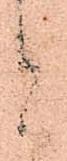
と